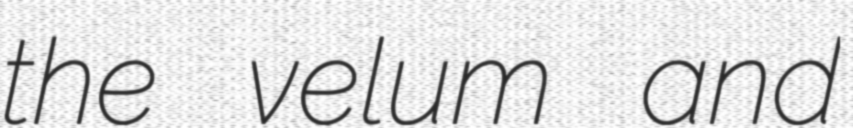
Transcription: the velum and